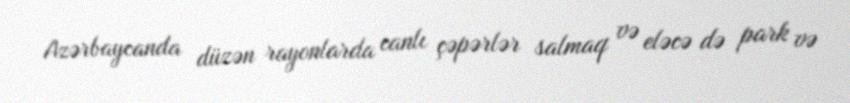
Azərbaycanda düzən rayonlarda canlı çəpərlər salmaq və eləcə də park və